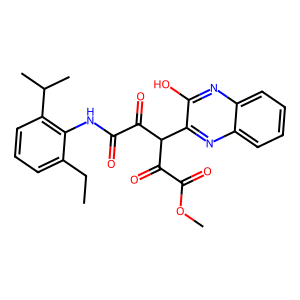
SMILES: CCc1cccc(C(C)C)c1NC(=O)C(=O)C(C(=O)C(=O)OC)c1nc2ccccc2nc1O
Inhibits HIV replication: No